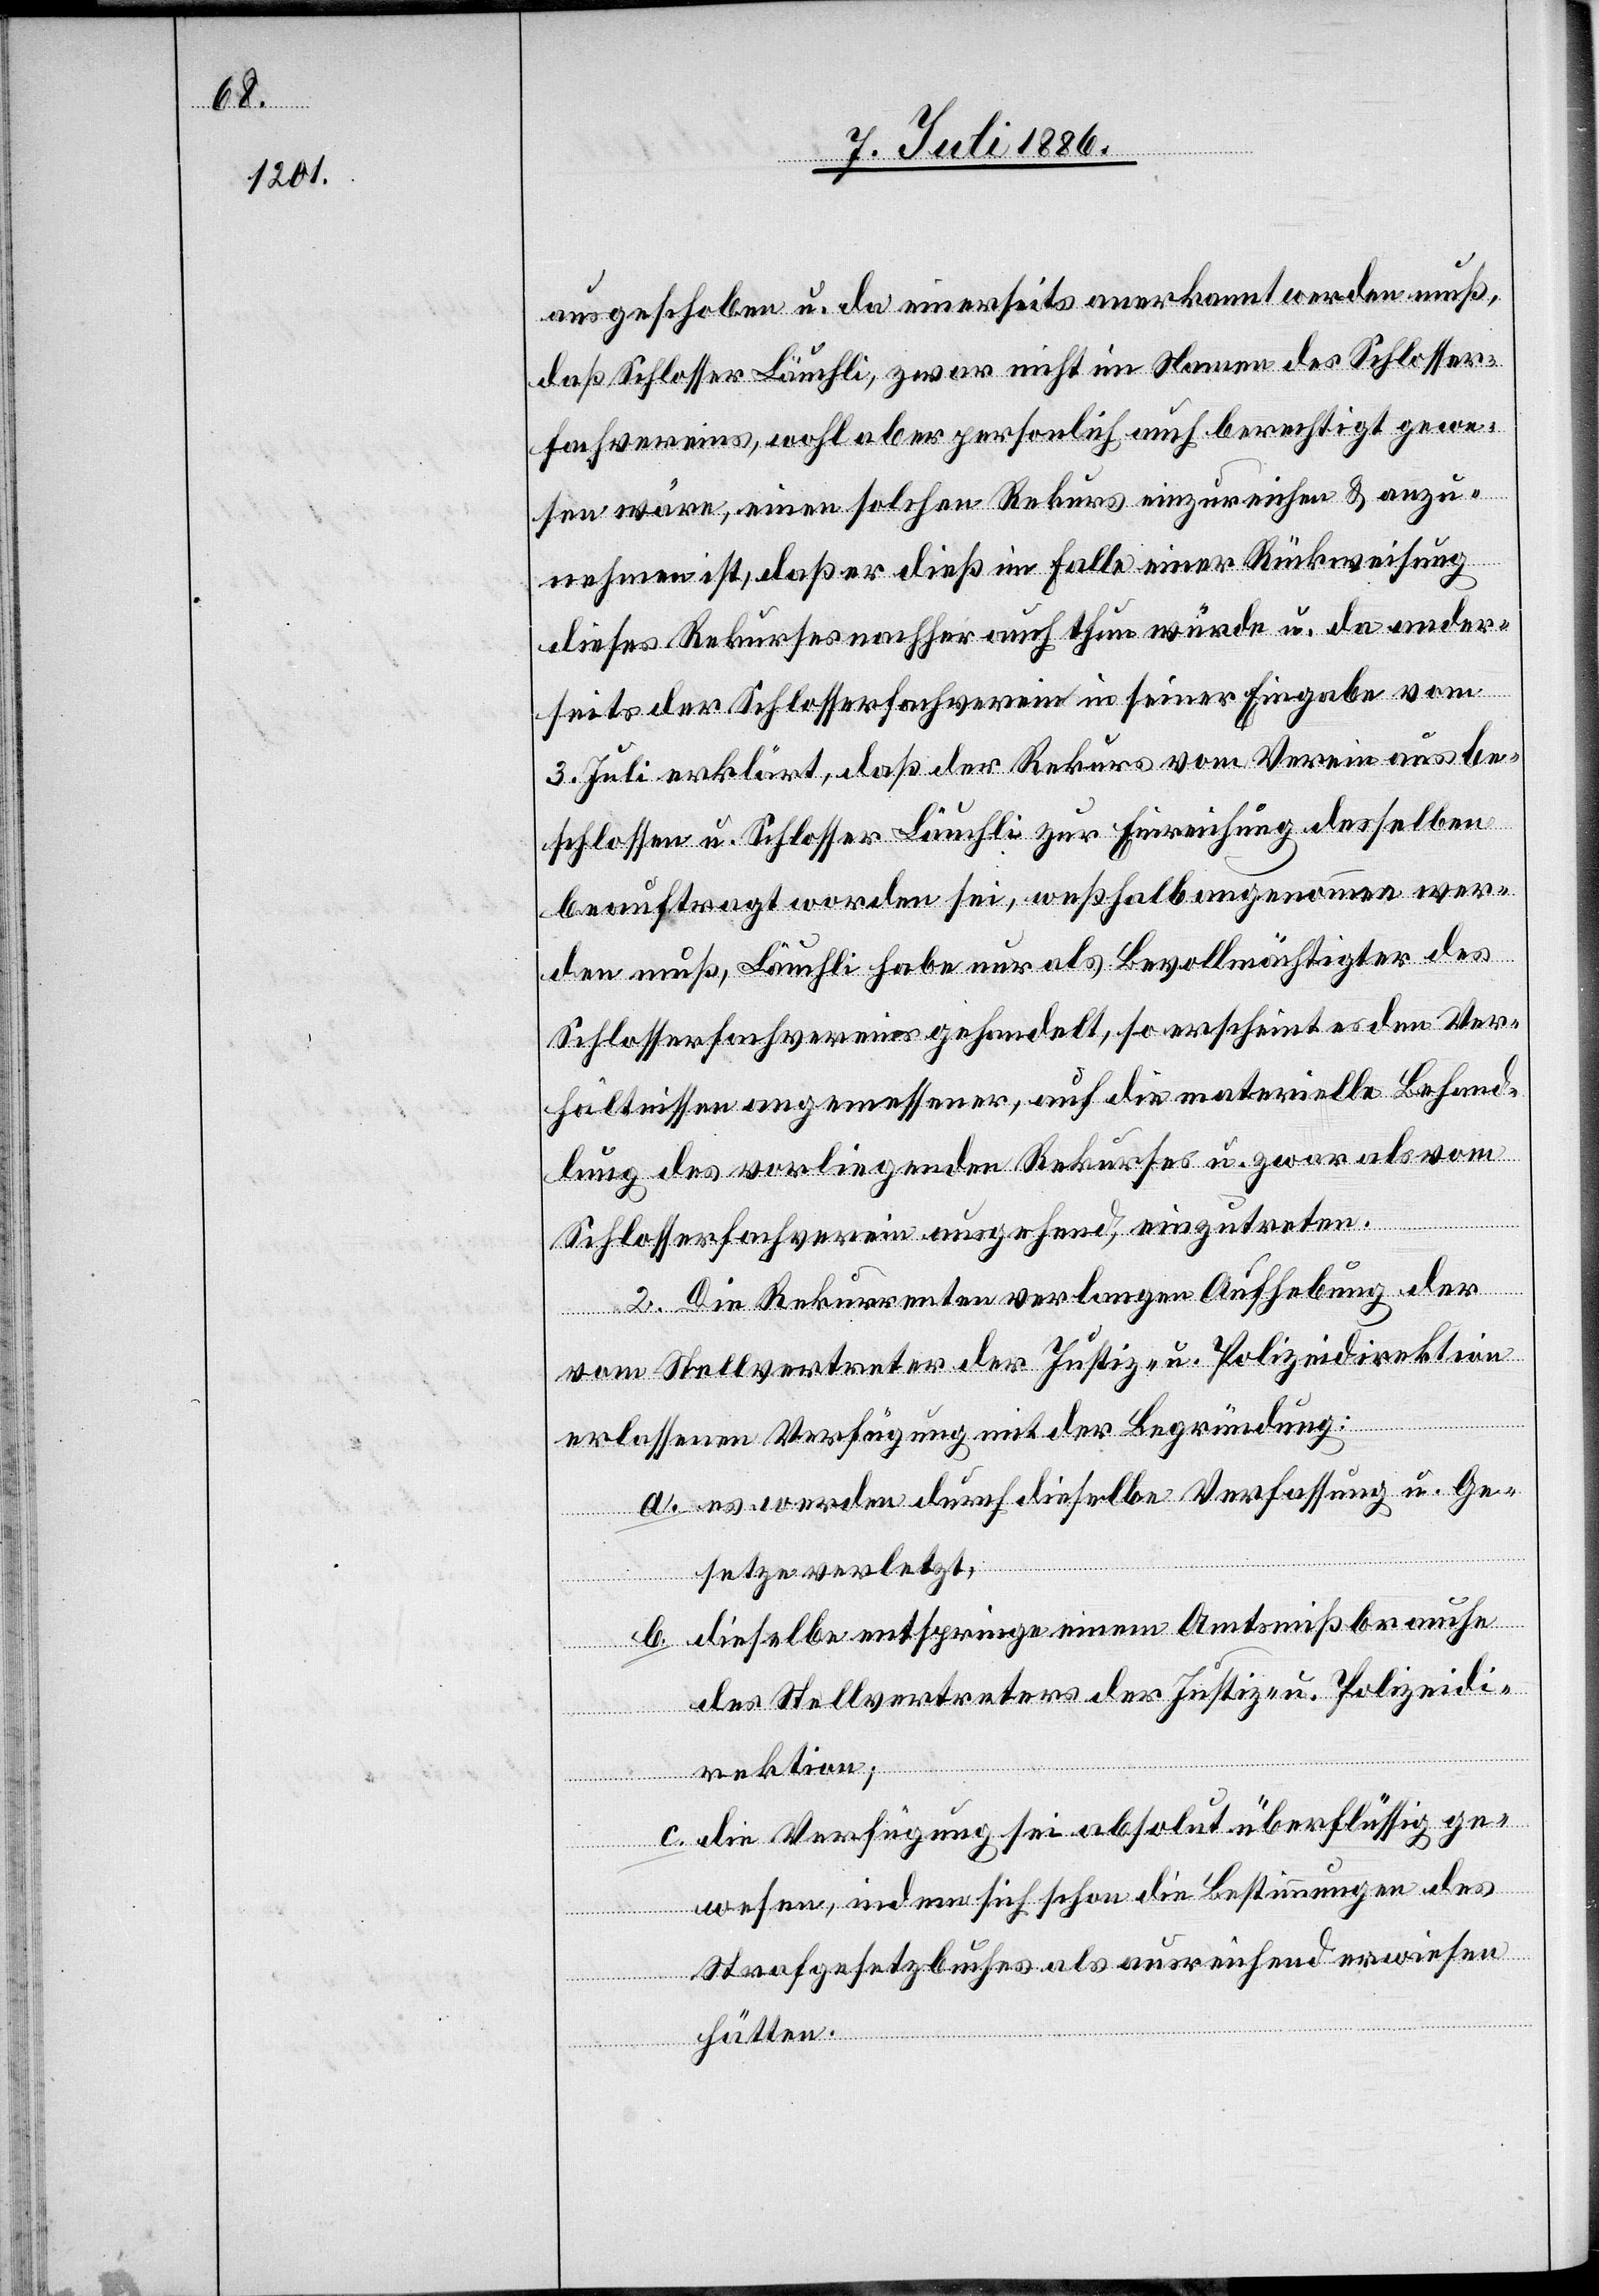
gewe¬

ausgeschoben u. da einerseits anerkannt werden muß,
daß Schlosser Läuchli, zwar nicht im Namen des Schlosser¬
fachvereins, wohl aber personlich [recte: persön¬
sen wäre, einen solchen Rekurs einzureichen & anzu¬
nehmen ist, daß er dieß im Falle einer Rückweisung
dieses Rekurses nachher auch thun würde u. da ander¬
seits der Schlosserfachverein in seiner Eingabe vom
3. Juli erklärt, daß der Rekurs vom Verein aus be¬
schlossen u. Schlosser Läuchli zur Einreichung desselben
beauftragt worden sei, weßhalb angenommen wer¬
den muß, Läuchli habe nur als Bevollmächtigter des
Schlosserfachvereins gehandelt, so erscheint es den Ver¬
hältnissen angemessener, auf die materielle Behand¬
lung des vorliegenden Rekurses u. zwar als vom
Schlosserfachverein ausgehend, einzutreten.
2. Die Rekurrenten verlangen Aufhebung der
vom Stellvertreter der Justiz- u. Polizeidirektion
erlassenen Verfügung mit der Begründung:
a. es werden durch dieselbe Verfassung u. Ge¬
setze verletzt,
b. dieselbe entspringe einem Amtsmißbrauche
des Stellvertreters der Justiz- u. Polizeidi¬
rektion;
c. die Verfügung sei absolut überflüssig ge¬
wesen, indem sich schon die Bestimmungen des
Strafgesetzbuches als ausreichend erwiesen
hätten.